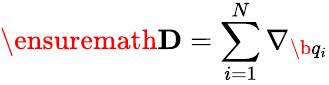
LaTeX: \ensuremath{\mathbf{D}}=\sum_{i=1}^{N}{\nabla}_{\b{q}_{i}}